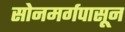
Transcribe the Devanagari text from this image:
सोनमर्गपासून